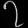
Digit: ၇